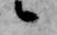
候